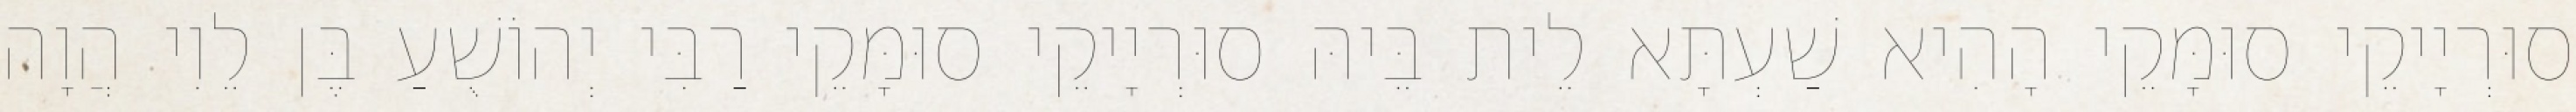
סוּרְיָיקֵי סוּמָּקֵי הָהִיא שַׁעְתָּא לֵית בֵּיהּ סוּרְיָיקֵי סוּמָּקֵי רַבִּי יְהוֹשֻׁעַ בֶּן לֵוִי הֲוָה